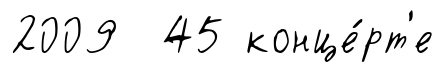
2009 45 конце́рт'е